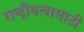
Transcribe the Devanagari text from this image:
राष्ट्रीयत्वासाठी